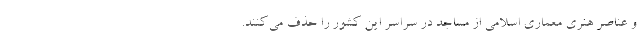
و عناصر هنری معماری اسلامی از مساجد در سراسر این کشور را حذف می‌کنند.